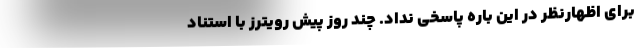
برای اظهارنظر در این باره پاسخی نداد. چند روز پیش رویترز با استناد